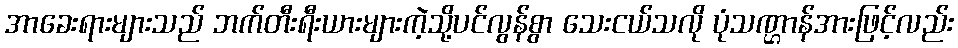
အာခေးရားများသည် ဘက်တီးရီးယားများကဲ့သို့ပင်လွန်စွာ သေးငယ်သလို ပုံသဏ္ဌာန်အားဖြင့်လည်း